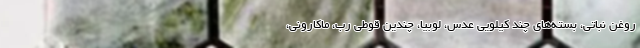
روغن نباتی، بسته‌های چند کیلویی عدس، لوبیا، چندین قوطی رب، ماکارونی،